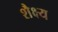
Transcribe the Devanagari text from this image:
शैक्ष्य